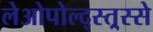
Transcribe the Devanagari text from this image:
लेओपोल्द्स्त्र्स्से